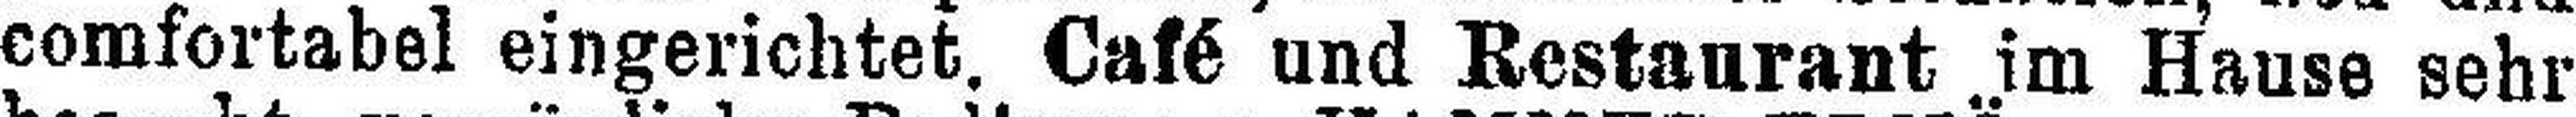
comfortabel eingerichtet. Café und Restaurant im Hause sehr